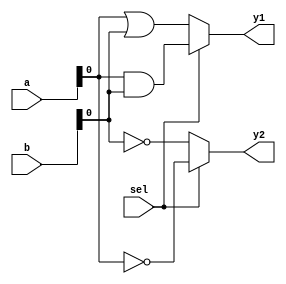
module CLB (
    input wire [3:0] a,        // Input signals
    input wire [3:0] b,        // Input signals
    input wire sel,            // Control signal for multiplexing
    output wire y1,            // Output for func1
    output wire y2             // Output for func2
);

// Shared logic resources
wire and_out;                // Output of shared AND gate
wire or_out;                 // Output of shared OR gate
wire not_a;                  // Output of NOT gate for input a
wire not_b;                  // Output of NOT gate for input b

// Shared logic operations
assign and_out = a & b;      // AND operation
assign or_out = a | b;       // OR operation
assign not_a = ~a;           // NOT operation on a
assign not_b = ~b;           // NOT operation on b

// Multiplexers to select outputs based on control signal
assign y1 = (sel) ? and_out : or_out; // Output for func1
assign y2 = (sel) ? not_a : not_b;     // Output for func2

endmodule